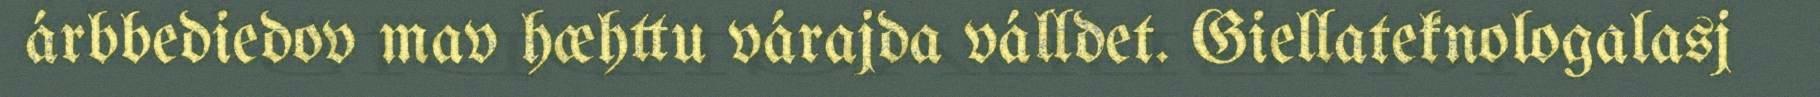
árbbediedov mav hæhttu várajda válldet. Giellateknologalasj